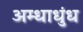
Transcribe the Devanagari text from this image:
अम्धाधुंध